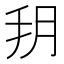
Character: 𦙚